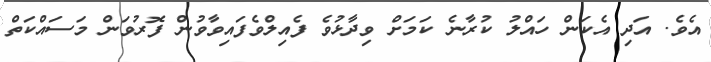
އެވެ. އަދި އެކަން ހައްލު ކުރާނެ ކަމަށް ވިދާޅުވެ ފެއިލްވެފައިވާވުން ފޮރުވަން މަސައްކަތް